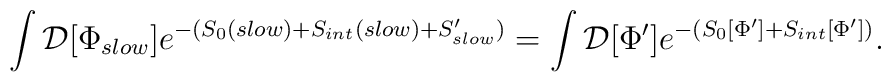
\int {\cal D}[\Phi_{slow}] e^{-(S_0 (slow) + S_{int} (slow) + S'_{slow})}= \int {\cal D}[\Phi']e^{-(S_0 [\Phi'] + S_{int}[\Phi'])}.